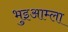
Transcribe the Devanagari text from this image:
भुइआम्ला